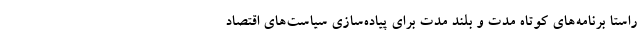
راستا برنامه‌های کوتاه مدت و بلند مدت برای پیاده‌سازی سیاست‌های اقتصاد